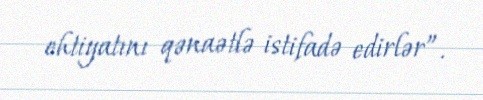
ehtiyatını qənaətlə istifadə edirlər”.